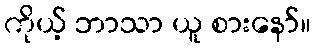
ကိုယ့် ဘာသာ ယူ စားနော်။